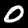
Label: 0